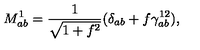
M _ { a b } ^ { 1 } = \frac { 1 } { \sqrt { 1 + f ^ { 2 } } } ( \delta _ { a b } + f \gamma _ { a b } ^ { 1 2 } ) ,